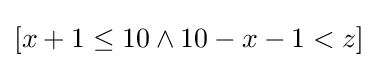
[x+1\leq 10\wedge 10-x-1<z]